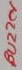
Text: Buzzer